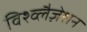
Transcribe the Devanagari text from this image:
विश्व्लैज़ेशन